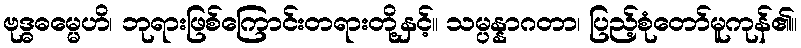
ဗုဒ္ဓဓမ္မေဟိ၊ ဘုရားဖြစ်ကြောင်းတရားတို့နှင့်။ သမ္ပန္နာဂတာ၊ ပြည့်စုံတော်မူကုန်၏။